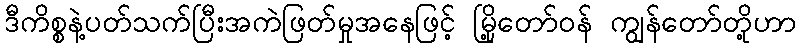
ဒီကိစ္စနဲ့ပတ်သက်ပြီးအကဲဖြတ်မှုအနေဖြင့် မြို့တော်ဝန် ကျွန်တော်တို့ဟာ